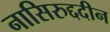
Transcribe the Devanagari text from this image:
नासिरुद्ददीन